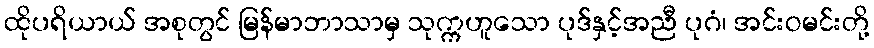
ထိုပရိယာယ် အစုတွင် မြန်မာဘာသာမှ သုက္ကဟူသော ပုဒ်နှင့်အညီ ပုဂံ၊ အင်းဝမင်းတို့